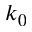
k _ { 0 }